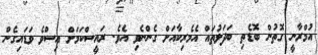
އުމްރާނީ ގޮތުން ބޮޑެތި ބަދަލުތައް އެމެރިކާއަށް ގެންނެވި އެވެ. ރައީސްކަމަށް އިސްވެ ވަޑައިގެން